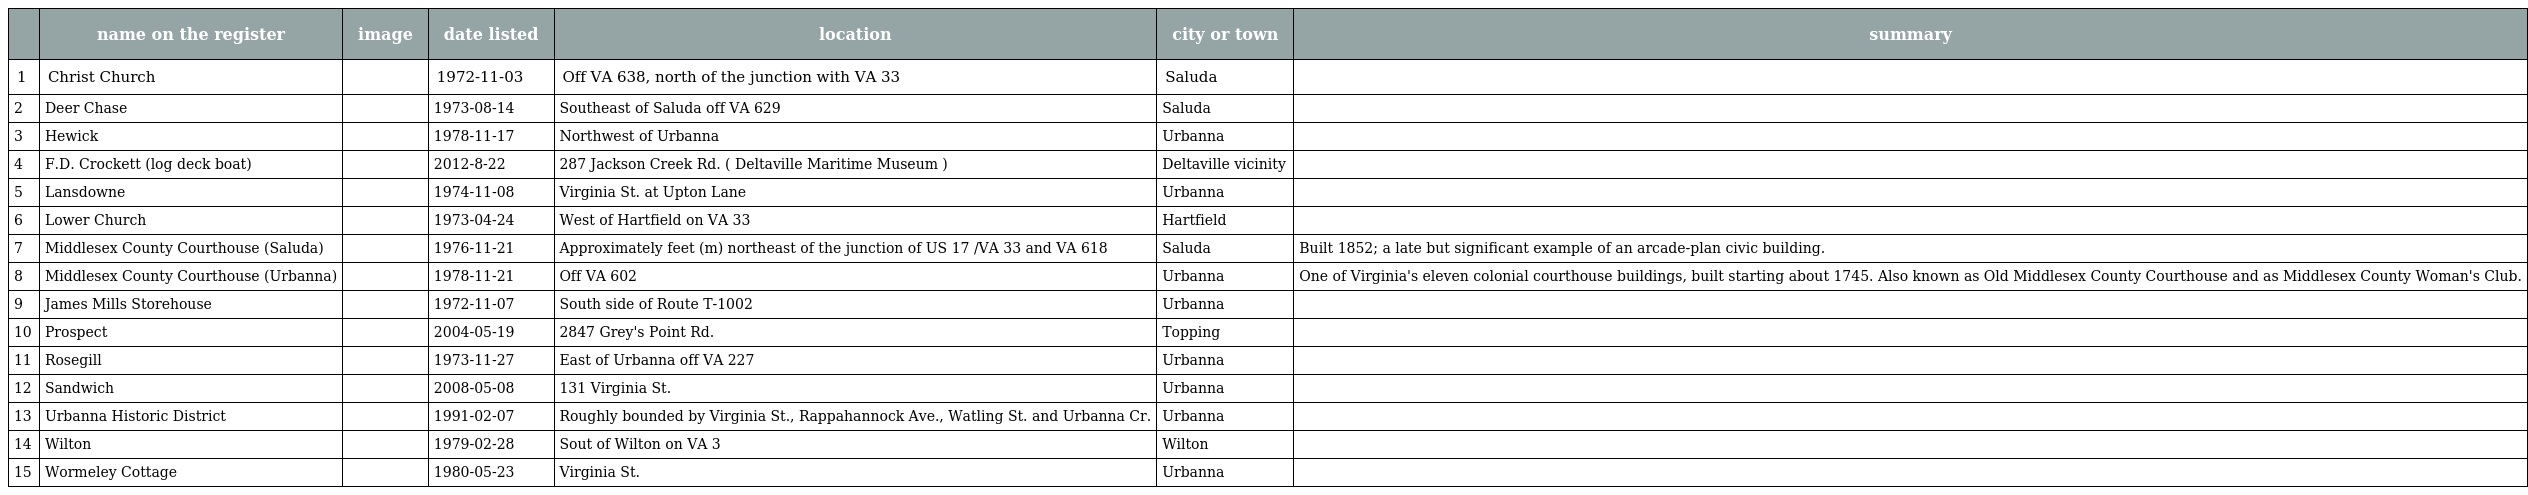
|  | name on the register | image | date listed | location | city or town | summary |
 | --- | --- | --- | --- | --- | --- | --- |
 | 1 | Christ Church |  | 1972-11-03 | Off VA 638, north of the junction with VA 33 | Saluda |  |
 | 2 | Deer Chase |  | 1973-08-14 | Southeast of Saluda off VA 629 | Saluda |  |
 | 3 | Hewick |  | 1978-11-17 | Northwest of Urbanna | Urbanna |  |
 | 4 | F.D. Crockett (log deck boat) |  | 2012-8-22 | 287 Jackson Creek Rd. ( Deltaville Maritime Museum ) | Deltaville vicinity |  |
 | 5 | Lansdowne |  | 1974-11-08 | Virginia St. at Upton Lane | Urbanna |  |
 | 6 | Lower Church |  | 1973-04-24 | West of Hartfield on VA 33 | Hartfield |  |
 | 7 | Middlesex County Courthouse (Saluda) |  | 1976-11-21 | Approximately feet (m) northeast of the junction of US 17 /VA 33 and VA 618 | Saluda | Built 1852; a late but significant example of an arcade-plan civic building. |
 | 8 | Middlesex County Courthouse (Urbanna) |  | 1978-11-21 | Off VA 602 | Urbanna | One of Virginia's eleven colonial courthouse buildings, built starting about 1745. Also known as Old Middlesex County Courthouse and as Middlesex County Woman's Club. |
 | 9 | James Mills Storehouse |  | 1972-11-07 | South side of Route T-1002 | Urbanna |  |
 | 10 | Prospect |  | 2004-05-19 | 2847 Grey's Point Rd. | Topping |  |
 | 11 | Rosegill |  | 1973-11-27 | East of Urbanna off VA 227 | Urbanna |  |
 | 12 | Sandwich |  | 2008-05-08 | 131 Virginia St. | Urbanna |  |
 | 13 | Urbanna Historic District |  | 1991-02-07 | Roughly bounded by Virginia St., Rappahannock Ave., Watling St. and Urbanna Cr. | Urbanna |  |
 | 14 | Wilton |  | 1979-02-28 | Sout of Wilton on VA 3 | Wilton |  |
 | 15 | Wormeley Cottage |  | 1980-05-23 | Virginia St. | Urbanna |  |